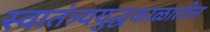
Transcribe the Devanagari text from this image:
स्वातंत्र्ययुद्धकाळातील